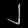
Digit: ၂